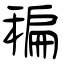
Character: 稨